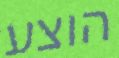
הוצע